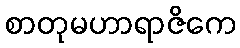
စာတုမဟာရာဇိကေ